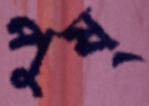
পুষ্